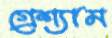
গ্রেশ্যাম